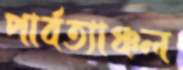
পার্বত্যাঞ্চল